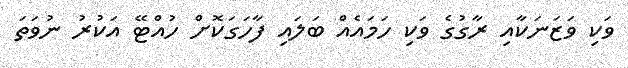
ވަކި ވަޒަނަކާއި ރާގުގެ ވަކި ހަމައެއް ބަލައި ފާހަގަކޮށް ހުއްޓޭ އަކުރު ނުވަތަ